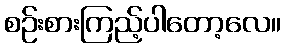
စဉ်းစားကြည့်ပါတော့လေ။